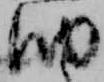
納